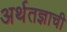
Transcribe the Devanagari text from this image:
अर्थतज्ञाची